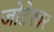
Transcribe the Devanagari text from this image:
जोटेश्‍वर